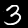
Digit: 3